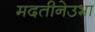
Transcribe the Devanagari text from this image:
मदतीनेउभा